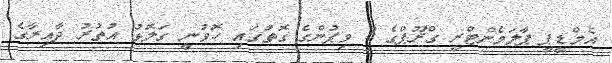
އެމްޑީޕީ ޕާލަމެންޓްރީ ގްރޫޕްގެ 3 ވިޕުންގެ ގޮތުގައި ހޮވުނީ ގަލޮޅު އުތުރު ދާއިރާގެ